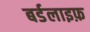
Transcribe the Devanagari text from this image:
बर्डलाइफ़